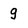
Character: g